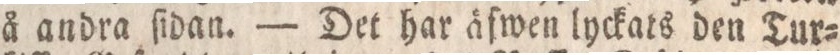
å andra ſidan. — Det har äfwen lyckats den Tur=